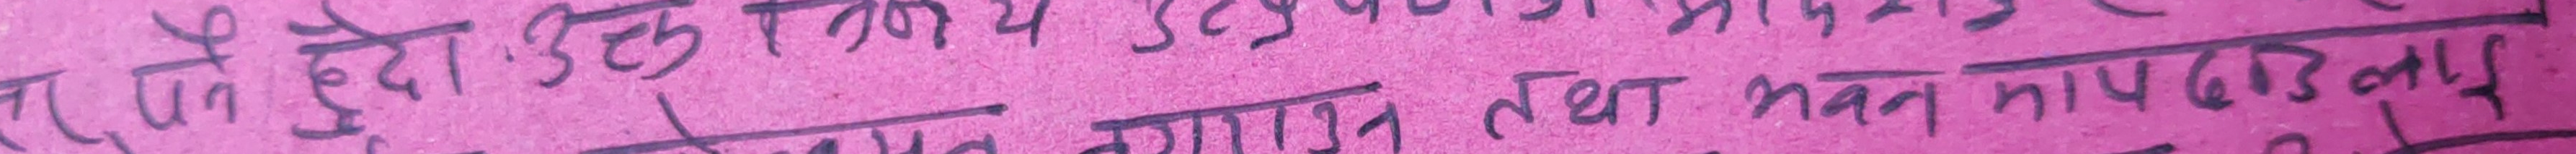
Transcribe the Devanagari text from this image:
रुप हुंदो रहेछ तथा भवन मापडण्ढलाई